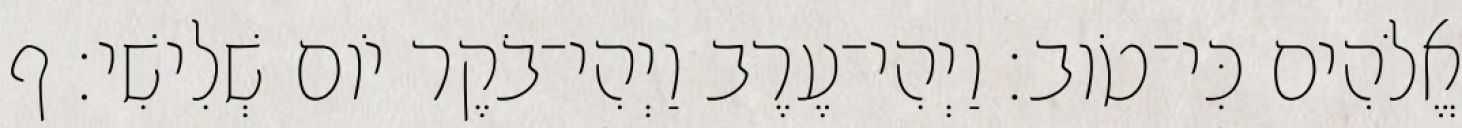
אֱלֹהִים כִּי־טֹוב׃ וַיְהִי־עֶרֶב וַיְהִי־בֹקֶר יֹום שְׁלִישִׁי׃ ף